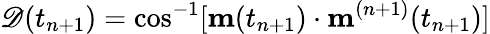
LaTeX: \mathscr{D}(t_{n+1})=\cos^{-1}[\mathbf{m}(t_{n+1})\cdot\mathbf{m}^{(n+1)}(t_{n+1})]